system: You are a helpful assistant.
user:
Analyze the provided spectrum to determine if it is a **S-type Star**.

- **Key Indicators for S-type Star:**

    - **(Overall Spectrum Shape):** The first and most obvious characteristic is the overall continuum (the "baseline" shape). It is **extremely "red-sloping,"** meaning the flux (light intensity) is very low on the left side (blue, ~4000-4500 Å) and rises steeply and continuously toward the right side (red, ~7000 Å+).

    - **(Primary):** The spectrum is defined by the presence of strong, broad molecular absorption "valleys" (bands) from **Zirconium Oxide (ZrO)**. The identification of these bands is the **primary requirement** for classifying a star as S-type.
        - **(Key Bandheads):** You must find distinct, deep "dips" where the light has been absorbed. The most critical band systems to locate are:
            - **~6474 Å** ($\gamma$-system): This is often the strongest and clearest ZrO feature, found in the red part of the spectrum.
            - **~5718 Å** & **~5551 Å** ($\beta$-system): A pair of prominent absorption features in the yellow-orange part of the spectrum.
            - **~4640 Å** ($\alpha$-system): A key absorption band system in the blue-green region of the spectrum.

    - **(Secondary Confirmation):** The classification is strengthened by finding additional absorption bands from other related heavy element oxides, which are expected to be present alongside ZrO.
        - **(Key Bandheads):**
            - **Yttrium Oxide (YO):** Look for absorption dips near **~4800 Å** and **~6100 Å**.
            - **Lanthanum Oxide (LaO):** Additional absorption features, particularly in the red-orange part of the spectrum, are also characteristic.

    - **(Line Profile):** The combination of the steep red continuum and these numerous, deep molecular bands (ZrO, YO, etc.) gives the entire spectrum a very **"chopped-up"** or **"bumpy"** appearance. Instead of a smooth curve, the spectrum looks as though large, wide chunks of light have been "carved out" of it at the specific wavelengths listed above.

Think first, call **spectral_visualization_tool** if needed to examine features in detail, then provide your final answer. Your response must adhere to the following strict rules:
1.  **Overall Structure:** Your response must follow the format `<think>...</think> <tool_call>...</tool_call> (if a tool is used) <answer>...</answer>`.
2.  **Tool Usage Constraint:** You may only make **one** tool call per turn.
3.  **Final Answer Format:** In the `<answer>` tag, your conclusion must be inside a `\boxed{}` command (e.g., `\boxed{YES}` or `\boxed{NO}`), followed by your justification.

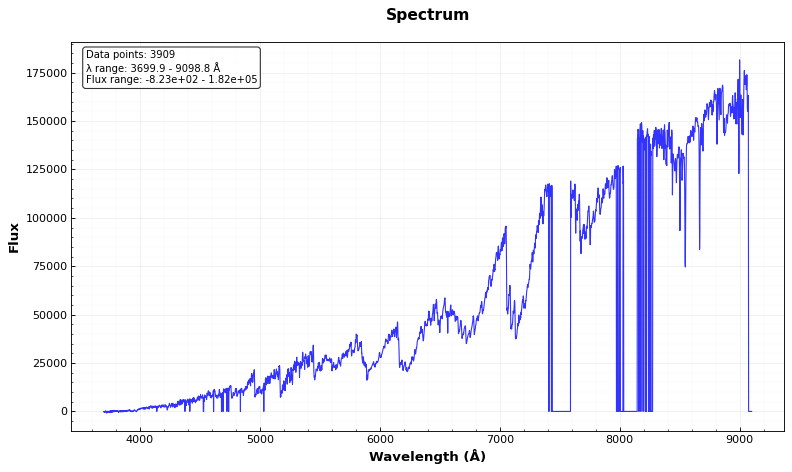
Answer: YES